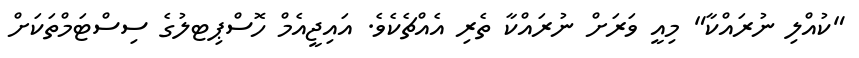
"ކުއްލި ނުރައްކާ" މިއީ ވަރަށް ނުރައްކާ ތެރި އެއްޗެކެވެ. އައިޖީއެމް ހޮސްޕިޓލުގެ ސިސްޓަމްތަކަށް